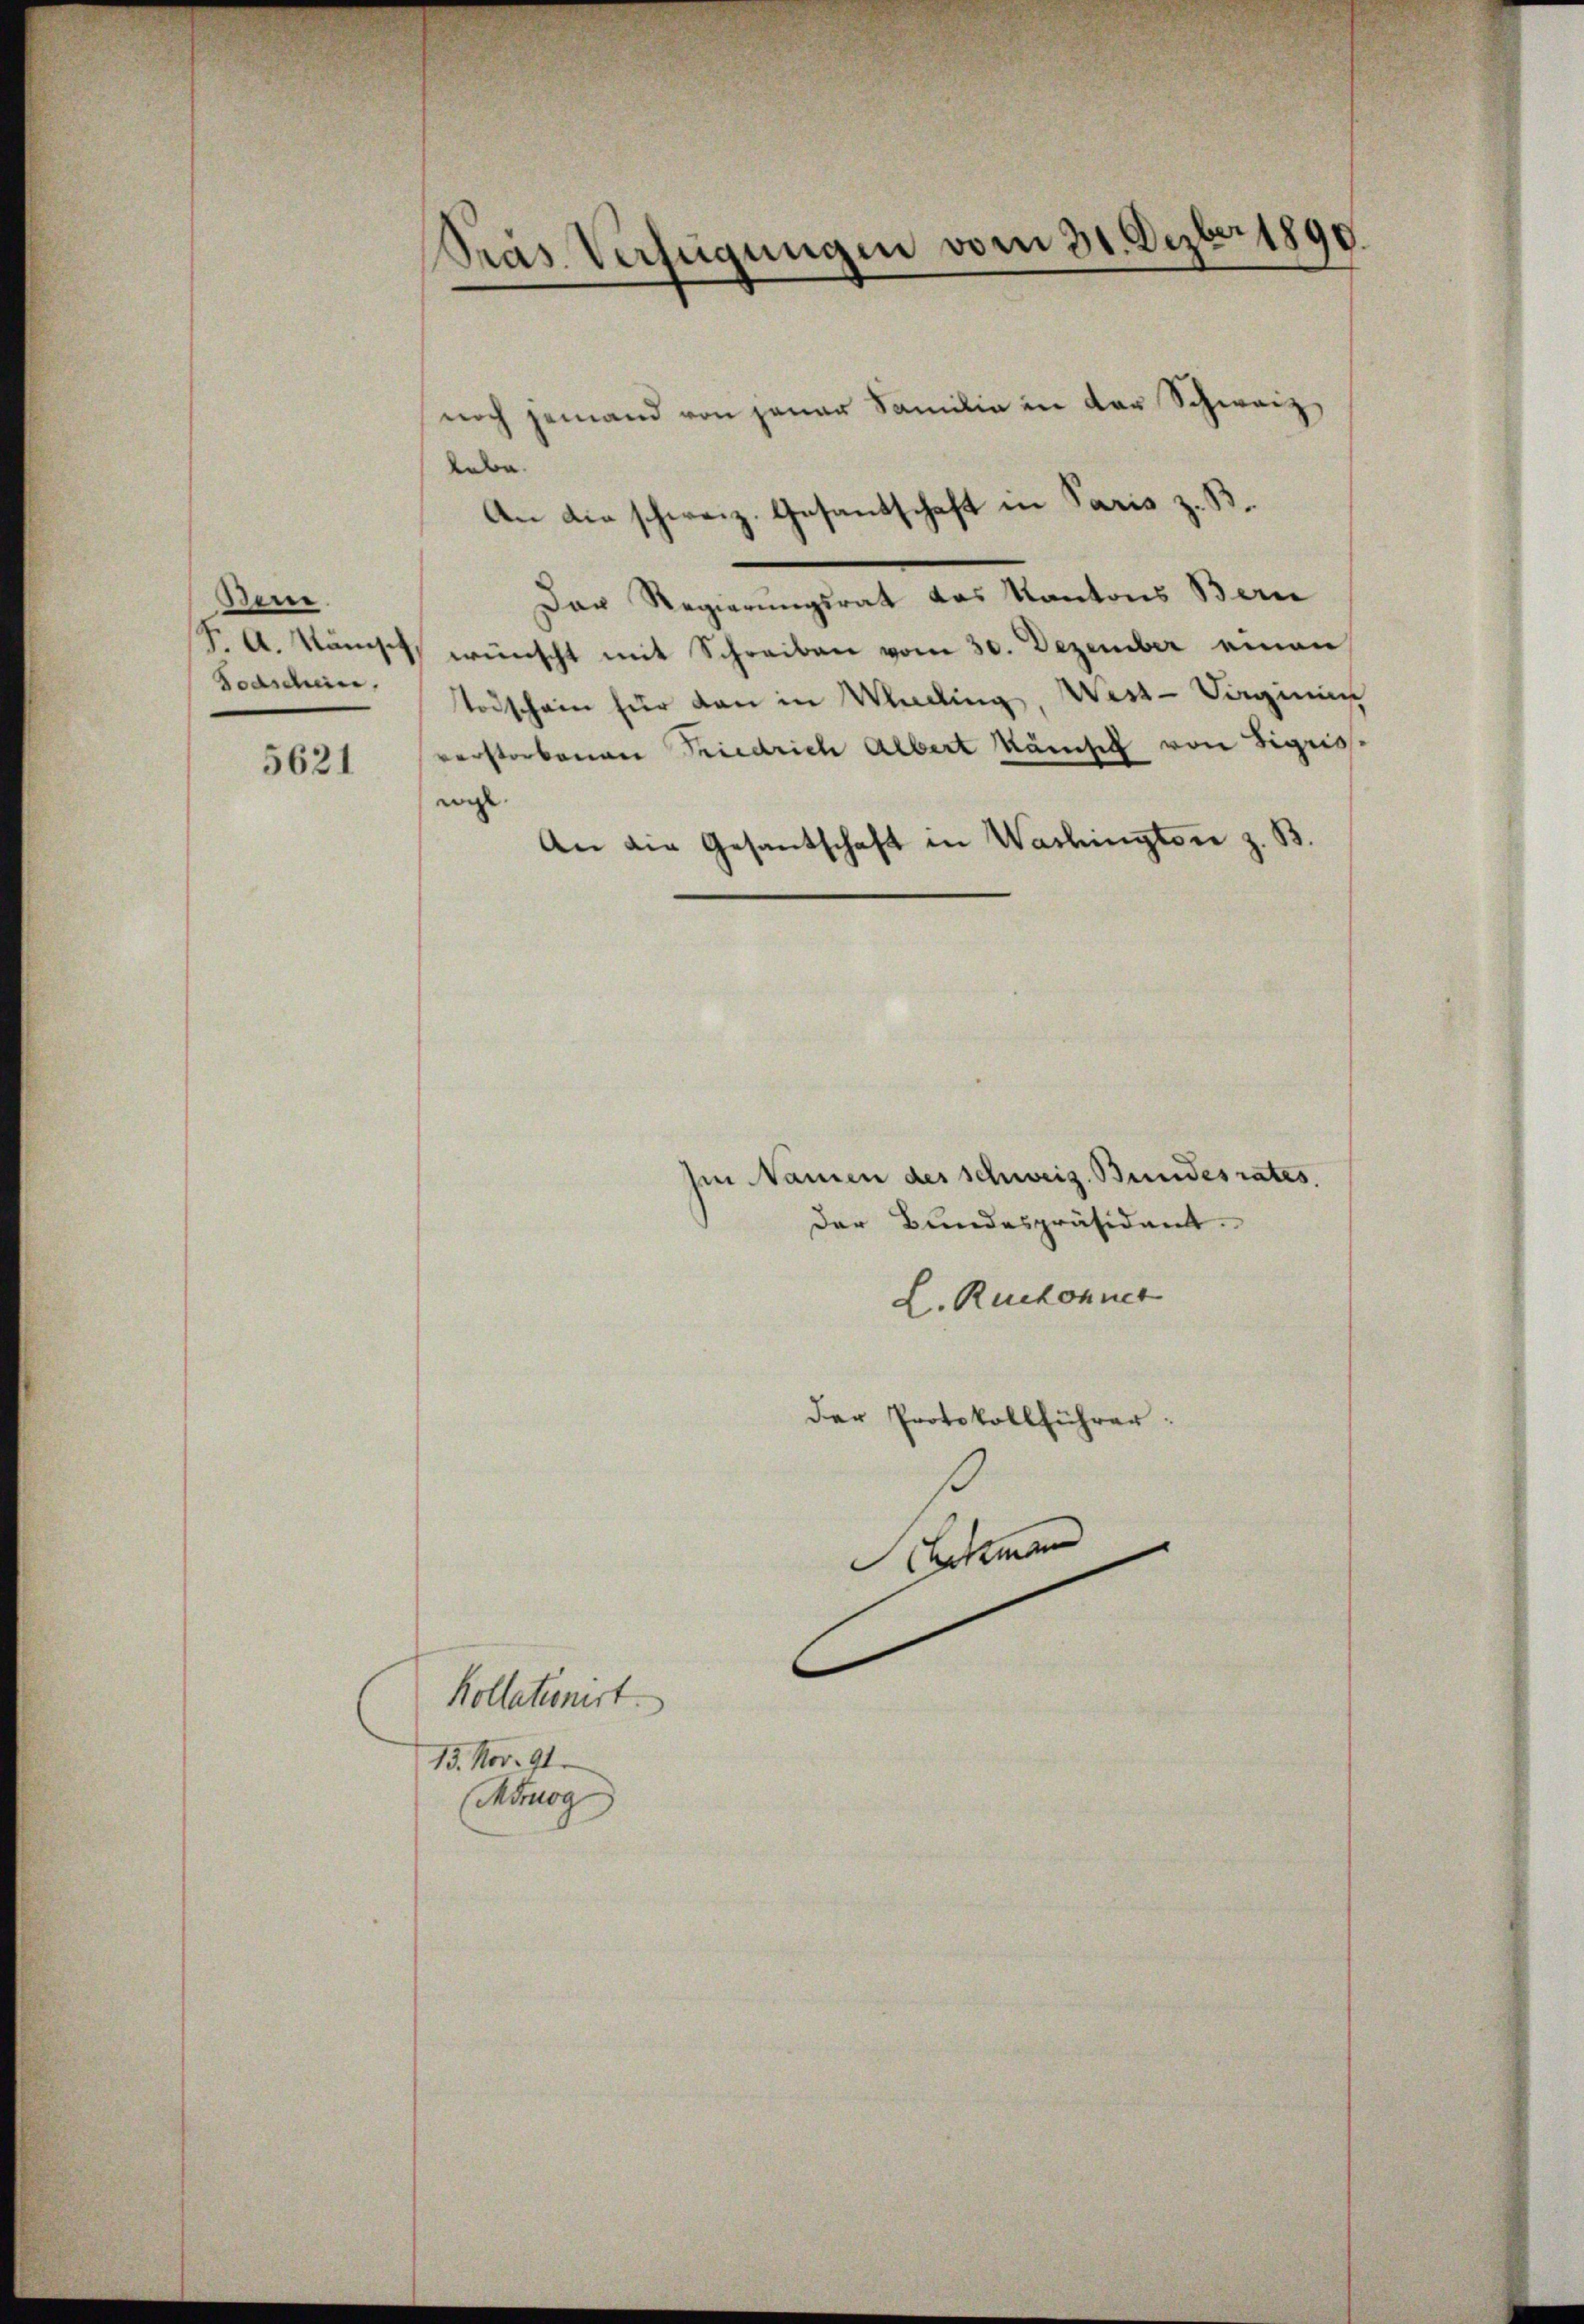
Bern.
Boaschein,

5621

Das Verfügungen vom 31. Dezbr 1890.

noch jemand von jener Familie in der Schweiz
Ande
An die schweiz. Gesandschaft in Paris z. B.
Der Regierungsrat das Kantons Bern
J. A. Kunst, wünscht mit Schreiben vom 30. Dezember einen
todschein für dan in Wading, West-Sagini
verstorbenen Friedrich Albert Kämsich von Sigriss.
wil
An die Gesantschaft in Washington z. B.

Kollationirt.
13. Nov. 91.
Mimog

Im Namen des Schweiz. Bundesrates,
der Bundespräsident.
L. Ruchonner
Der Protokollführer:
Schemen